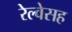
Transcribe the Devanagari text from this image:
रेल्वेसह